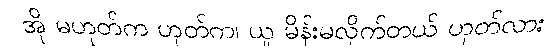
အို မဟုတ်က ဟုတ်က၊ ယူ မိန်းမလိုက်တယ် ဟုတ်လား